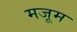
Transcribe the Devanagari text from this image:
मजूम